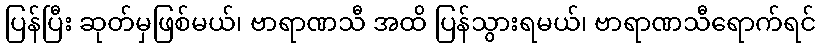
ပြန်ပြီး ဆုတ်မှဖြစ်မယ်၊ ဗာရာဏသီ အထိ ပြန်သွားရမယ်၊ ဗာရာဏသီရောက်ရင်